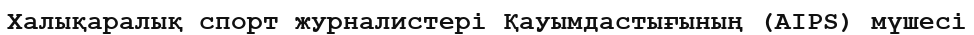
Халықаралық спорт журналистері Қауымдастығының (AIPS) мүшесі